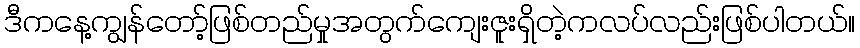
ဒီကနေ့ကျွန်တော့်ဖြစ်တည်မှုအတွက်ကျေးဇူးရှိတဲ့ကလပ်လည်းဖြစ်ပါတယ်။